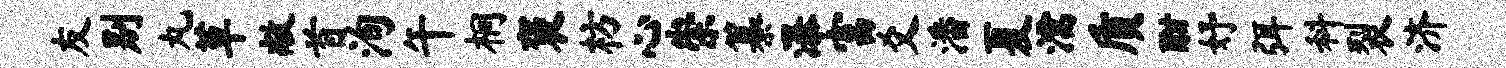
友别丸草敞首洵午桐褒枋心崇纂瀑富爻潘夏濡质酣妤弭料裂济